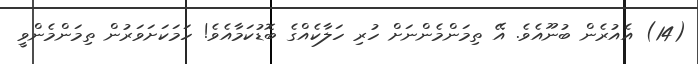
(14) އެއުރެން ބުނޫއެވެ. އޭ ތިމަންމެންނަށް ހުރި ހަލާކެއްގެ ބޮޑުކަމާއެވެ! ހަމަކަށަވަރުން ތިމަންމެންވީ